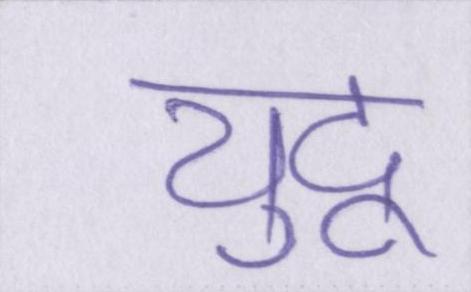
युद्व